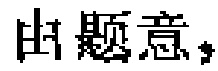
由题意，